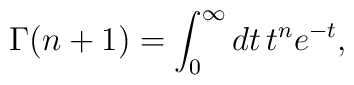
\Gamma(n+1)=\int_0^\infty dt\,t^{n} e^{-t},